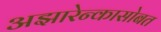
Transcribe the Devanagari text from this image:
अझारेन्कासोबत